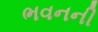
ભવનની